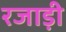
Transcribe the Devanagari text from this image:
रजाड़ी